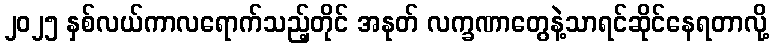
၂၀၂၅ နှစ်လယ်ကာလရောက်သည့်တိုင် အနုတ် လက္ခဏာတွေနဲ့သာရင်ဆိုင်နေရတာလို့